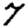
Digit: 7